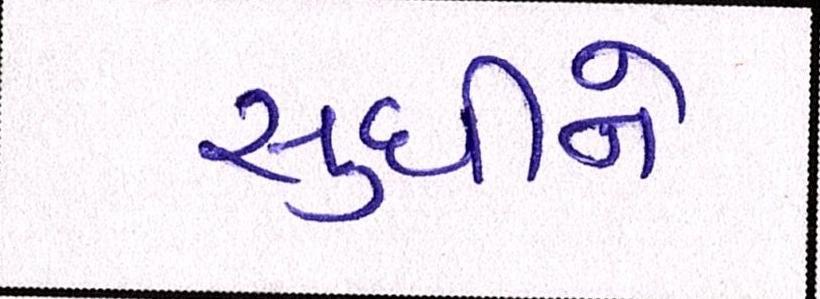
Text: સુધીનો